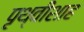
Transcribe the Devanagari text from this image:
पृथ्वीशाह